Indian journal of veterinary science and animal husbandry - Volume 4,
Year: 1934
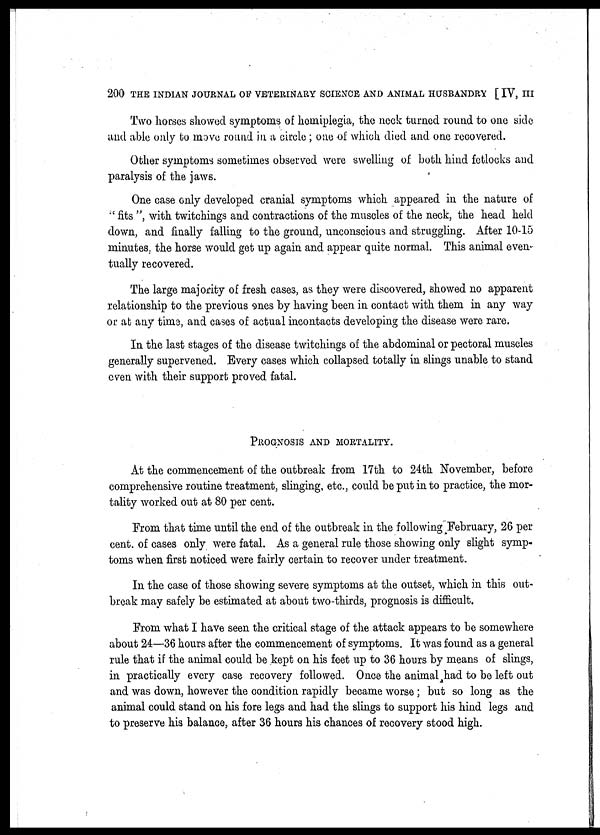
200 THE INDIAN JOURNAL OF VETERINARY SCIENCE AND ANIMAL HUSBANDRY [ IV, III
Two horses showed symptoms of hemiplegia, the neck turned round to one side
and able only to move round in a circle ; one of which died and one recovered.
Other symptoms sometimes observed were swelling of both hind fetlocks and
paralysis of the jaws.
One case only developed cranial symptoms which appeared in the nature of
'' fits ", with twitchings and contractions of the muscles of the neck, the head held
down, and finally falling to the ground, unconscious and struggling. After 10-15
minutes, the horse would get up again and appear quite normal. This animal even-
tually recovered.
The large majority of fresh cases, as they were discovered, showed no apparent
relationship to the previous ones by having been in contact with them in any way
or at any time, and cases of actual incontacts developing the disease were rare.
In the last stages of the disease twitchings of the abdominal or pectoral muscles
generally supervened. Every cases which collapsed totally in slings unable to stand
even with their support proved fatal.
PROGNOSIS AND MORTALITY.
At the commencement of the outbreak from 17th to 24th November, before
comprehensive routine treatment, slinging, etc., could be put in to practice, the mor-
tality worked out at 80 per cent.
From that time until the end of the outbreak in the following February, 26 per
cent. of cases only were fatal. As a general rule those showing only slight symp-
toms when first noticed were fairly certain to recover under treatment.
In the case of those showing severe symptoms at the outset, which in this out-
break may safely be estimated at about two-thirds, prognosis is difficult.
From what I have seen the critical stage of the attack appears to be somewhere
about 24—36 hours after the commencement of symptoms. It was found as a general
rule that if the animal could be kept on his feet up to 36 hours by means of slings,
in practically every case recovery followed. Once the animal had to be left out
and was down, however the condition rapidly became worse; but so long as the
animal could stand on his fore legs and had the slings to support his hind legs and
to preserve his balance, after 36 hours his chances of recovery stood high.